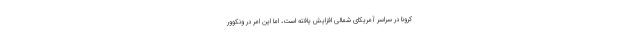
کرونا در سراسر آمریکای شمالی افزایش یافته است، اما این امر در ونکوور